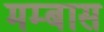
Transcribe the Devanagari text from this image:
मम्बास